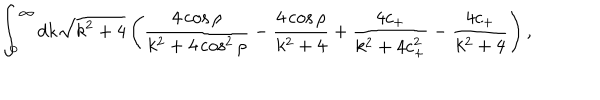
\int _ { 0 } ^ { \infty } d k \sqrt { k ^ { 2 } + 4 } \left( \frac { 4 \cos \rho } { k ^ { 2 } + 4 \cos ^ { 2 } \rho } - \frac { 4 \cos \rho } { k ^ { 2 } + 4 } + \frac { 4 c _ { + } } { k ^ { 2 } + 4 c _ { + } ^ { 2 } } - \frac { 4 c _ { + } } { k ^ { 2 } + 4 } \right) ,